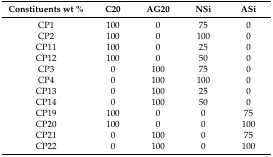
| Constituents wt % | C20 | AG20 | NSi | ASi |
 | --- | --- | --- | --- | --- |
 | CP1 | 100 | 0 | 75 | 0 |
 | CP2 | 100 | 0 | 100 | 0 |
 | CP11 | 100 | 0 | 25 | 0 |
 | CP12 | 100 | 0 | 50 | 0 |
 | CP3 | 0 | 100 | 75 | 0 |
 | CP4 | 0 | 100 | 100 | 0 |
 | CP13 | 0 | 100 | 25 | 0 |
 | CP14 | 0 | 100 | 50 | 0 |
 | CP19 | 100 | 0 | 0 | 75 |
 | CP20 | 100 | 0 | 0 | 100 |
 | CP21 | 0 | 100 | 0 | 75 |
 | CP22 | 0 | 100 | 0 | 100 |